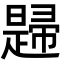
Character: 𢅨